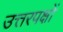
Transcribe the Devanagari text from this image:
उत्तरपक्षों